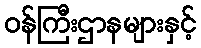
ဝန်ကြီးဌာနများနှင့်